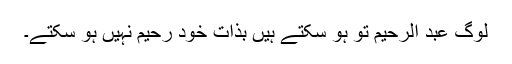
لوگ عبد الرحیم تو ہو سکتے ہیں بذات خود رحیم نہیں ہو سکتے۔